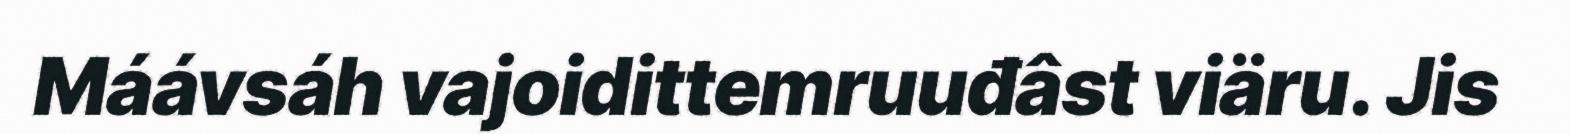
Máávsáh vajoidittemruuđâst viäru. Jis